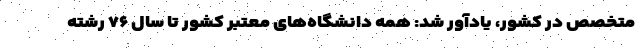
متخصص در کشور، یادآور شد: همه دانشگاه‌های معتبر کشور تا سال ۷۶ رشته